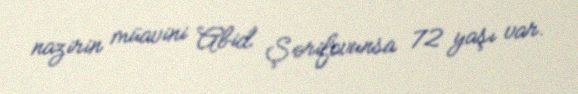
nazirin müavini Abid Şərifovunsa 72 yaşı var.